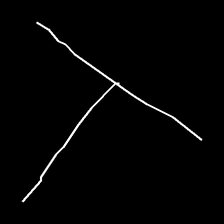
Glyph: column